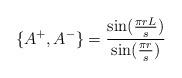
LaTeX: \begin{align*}\{ A^+,A^- \} =\frac{\sin(\frac{\pi rL}{s})}{\sin(\frac{\pi r}{s})}\end{align*}